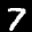
Label: 7